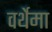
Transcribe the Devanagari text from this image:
वर्थेमा